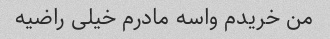
من خریدم واسه مادرم خیلی راضیه